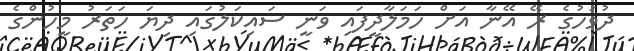
ދުވަހުގެ ރޭ އޭނާ އަށް ހަމަލާދީފައި ވަނީ ސައިކަލުގައި ދިޔަ ހަތަރު މީހުންގެ